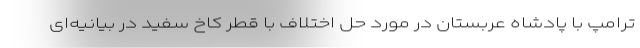
ترامپ با پادشاه عربستان در مورد حل اختلاف با قطر کاخ سفید در بیانیه‌ای